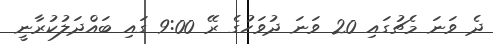
ދެ ވަނަ މެޗުގައި 20 ވަނަ ދުވަހުގެ ރޭ 9:00 ގައި ބައްދަލުކުރާނީ